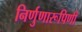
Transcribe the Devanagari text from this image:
निर्णुणारूपिणी